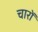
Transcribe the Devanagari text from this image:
चारों